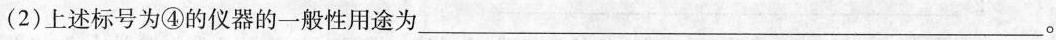
(2)上述标号为④的仪器的一般性用途为___。